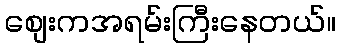
စျေးကအရမ်းကြီးနေတယ်။